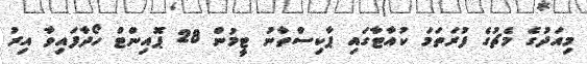
މިއަދުގެ މެޗުގެ ފުރަތަމަ ކުއާޓާގައި ޕާކިސްތާނު ޓީމުން 28 ޕޮއިންޓް ހޯދާފައިވާ އިރު